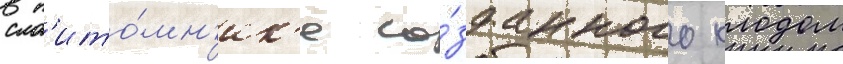
в п'ито́мн'ик'е со́зданного клодом